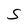
Character: S